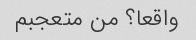
واقعا؟ من متعجبم